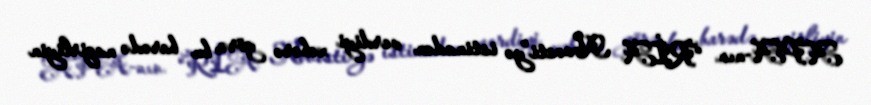
APA-nın “RİA Novosti”yə istinadən verdiyi xəbərə görə, bu barədə nazirliyin